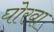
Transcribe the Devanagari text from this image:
घोरवा